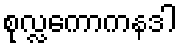
စုလ္လကောကနဒါ